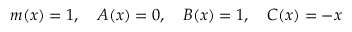
m ( x ) = 1 , \ \ \ A ( x ) = 0 , \ \ \ B ( x ) = 1 , \ \ \ C ( x ) = - x